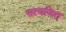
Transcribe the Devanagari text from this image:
सत्यजित्